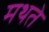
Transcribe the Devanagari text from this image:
मथते